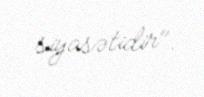
siyasətidir".